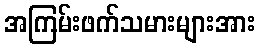
အကြမ်းဖက်သမားများအား